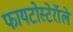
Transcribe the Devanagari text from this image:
फायटोस्टेरॉले